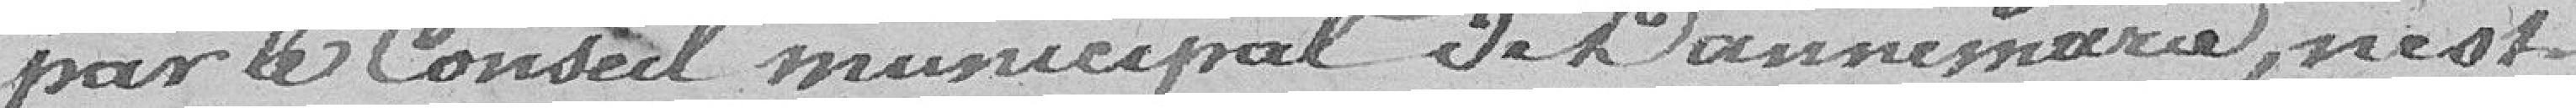
par le Conseil Municipal de Dannemarie n'est